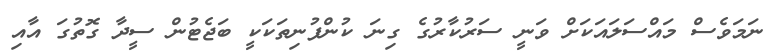
ނަމަވެސް މައްސަލައަކަށް ވަނީ ސަރުކާރުގެ ގިނަ ކުންފުނިތަކަކީ ބަޖެޓުން ސީދާ ގޮތުގަ އާއި